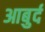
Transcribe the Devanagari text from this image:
आबुर्द